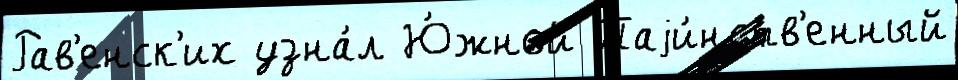
Рав'енск'их узна́л Ю́жной Таjи́нств'енный